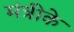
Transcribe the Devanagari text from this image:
मंत्रीके